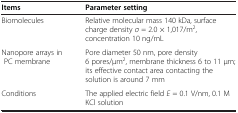
<table><thead><tr><td><b>Items</b></td><td><b>Parameter setting</b></td></tr></thead><tbody><tr><td>Biomolecules</td><td>Relative molecular mass 140 kDa, surface charge density <i>σ</i> = 2.0 × 1,017/m<sup>2</sup>, concentration 10 ng/mL</td></tr><tr><td>Nanopore arrays in PC membrane</td><td>Pore diameter 50 nm, pore density 6 pores/μm<sup>2</sup>, membrane thickness 6 to 11 μm; its effective contact area contacting the solution is around 7 mm</td></tr><tr><td>Conditions</td><td>The applied electric field <i>E</i> = 0.1 V/nm, 0.1 M KCl solution</td></tr></tbody></table>